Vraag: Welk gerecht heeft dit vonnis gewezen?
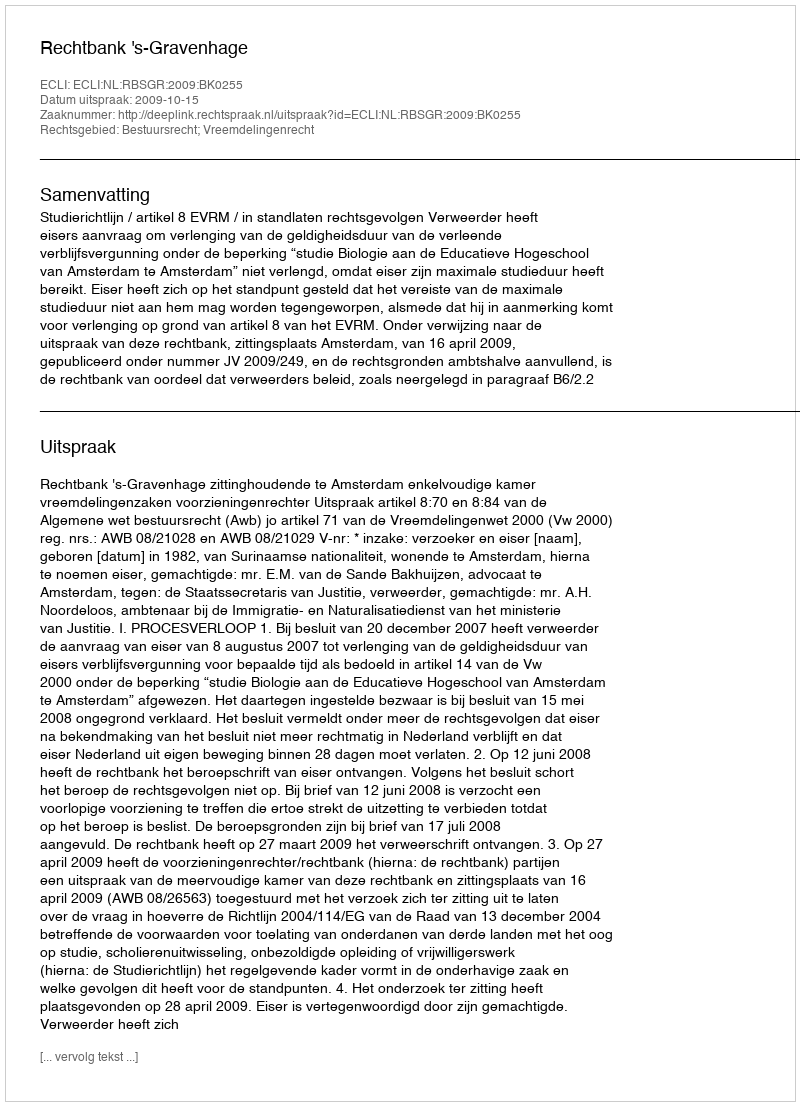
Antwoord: Rechtbank 's-Gravenhage